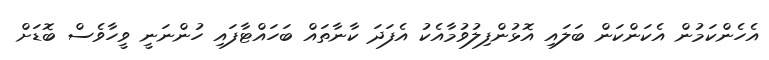
އެހެންކަމުން އެކަންކަން ބަލައި އޮޅުންފިލުވުމާއެކު އެފަދަ ކާނާތައް ބަހައްޓާފައި ހުންނަނީ ވީހާވެސް ބޮޑަށް